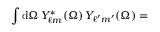
\int \mathrm { d } \Omega \, { \cal Y } _ { \ell m } ^ { \ast } ( \Omega ) \, { \cal Y } _ { \ell ^ { \prime } m ^ { \prime } } ( \Omega ) =